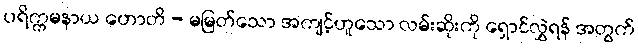
ပရိက္ကမနာယ ဟောတိ - မမြတ်သော အကျင့်ဟူသော လမ်းဆိုးကို ရှောင်လွှဲရန် အတွက်